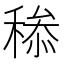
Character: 𥠩